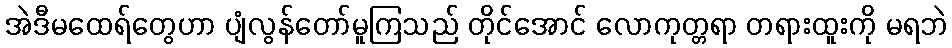
အဲဒီမထေရ်တွေဟာ ပျံလွန်တော်မူကြသည် တိုင်အောင် လောကုတ္တရာ တရားထူးကို မရဘဲ